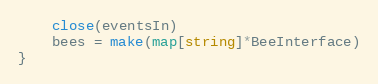
Language: Go
	close(eventsIn)
	bees = make(map[string]*BeeInterface)
}